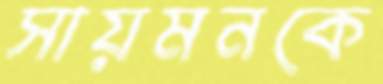
সায়মনকে